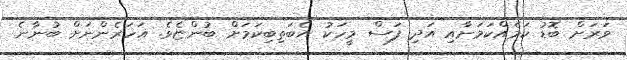
ވަރަށް ބޮޑު ކަމެއްކަމަށާއި އަދި ފަސް މީހަކު އެބަތިބިކަމަށް ބުންޏެވެ. އަހަރެންނަށް ބުނާނެ